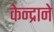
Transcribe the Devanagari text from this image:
केन्द्राने